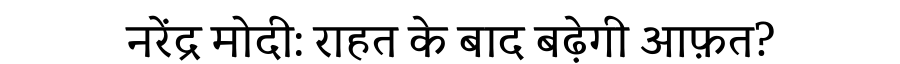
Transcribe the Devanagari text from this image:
नरेंद्र मोदी: राहत के बाद बढ़ेगी आफ़त?